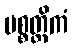
ပစ္စတ္ထိကံ